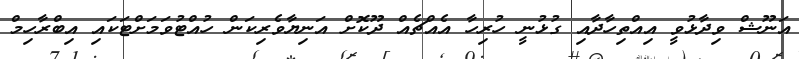
އަނޫޝް ވިދާޅުވީ އިއްތިހާދާއި ގުޅުނީ ހުރިހާ އެއްޗެއް ދޫކޮށް އަނިޔާވެރިކަން ހުއްޓުވަމަށްޓަކައި އިބްރާހިމް